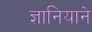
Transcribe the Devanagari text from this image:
ज्ञानियाने